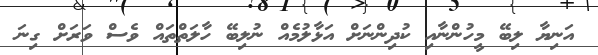
އަނިޔާ ލިބޭ މީހުންނާއި ކުދިންނަށް އަޅާލުމެއް ނުލިބޭ ހާލަތްތައް ވެސް ވަރަށް ގިނަ